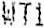
WT1